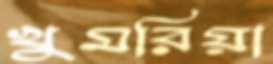
খুমরিয়া